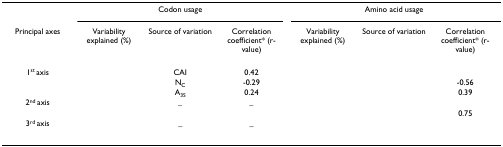
<table><thead><tr><td>[EMPTY_CELL]</td><td colspan="3"><b>Codon usage</b></td><td colspan="3"><b>Amino acid usage</b></td></tr><tr><td><b>Principal axes</b></td><td><b>Variability explained (%)</b></td><td><b>Source of variation</b></td><td><b>Correlation coefficient* (r-value)</b></td><td><b>Variability explained (%)</b></td><td><b>Source of variation</b></td><td><b>Correlation coefficient* (r-value)</b></td></tr></thead><tbody><tr><td>1<sup>st </sup>axis</td><td>[EMPTY_CELL]</td><td>CAI</td><td>0.42</td><td>[EMPTY_CELL]</td><td>[EMPTY_CELL]</td><td>[EMPTY_CELL]</td></tr><tr><td>[EMPTY_CELL]</td><td>[EMPTY_CELL]</td><td>N<sub>C</sub></td><td>-0.29</td><td>[EMPTY_CELL]</td><td>[EMPTY_CELL]</td><td>-0.56</td></tr><tr><td>[EMPTY_CELL]</td><td>[EMPTY_CELL]</td><td>A<sub>3S</sub></td><td>0.24</td><td>[EMPTY_CELL]</td><td>[EMPTY_CELL]</td><td>0.39</td></tr><tr><td>2<sup>nd </sup>axis</td><td>[EMPTY_CELL]</td><td>_</td><td>_</td><td>[EMPTY_CELL]</td><td>[EMPTY_CELL]</td><td>[EMPTY_CELL]</td></tr><tr><td>[EMPTY_CELL]</td><td>[EMPTY_CELL]</td><td>[EMPTY_CELL]</td><td>[EMPTY_CELL]</td><td>[EMPTY_CELL]</td><td>[EMPTY_CELL]</td><td>0.75</td></tr><tr><td>3<sup>rd </sup>axis</td><td>[EMPTY_CELL]</td><td>_</td><td>_</td><td>[EMPTY_CELL]</td><td>[EMPTY_CELL]</td><td>[EMPTY_CELL]</td></tr><tr><td>[EMPTY_CELL]</td><td>[EMPTY_CELL]</td><td>[EMPTY_CELL]</td><td>[EMPTY_CELL]</td><td>[EMPTY_CELL]</td><td>[EMPTY_CELL]</td><td>[EMPTY_CELL]</td></tr></tbody></table>